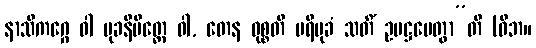
နာသိကဂ္ဂေ ဝါ မုခနိမိတ္တေ ဝါ, တေန ဝုစ္စတိ ပရိမုခံ သတိံ ဥပဋ္ဌပေတွာ”တိ (ဝိဘ။